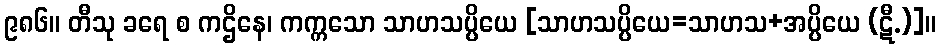
၉၈၆။ တီသု ခရေ စ ကဌိနေ၊ ကက္ကသော သာဟသပ္ပိယေ [သာဟသပ္ပိယေ=သာဟသ+အပ္ပိယေ (ဋီ.)]။